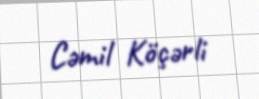
Cəmil Köçərli